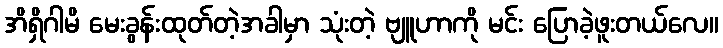
အိရှိဂါမိ မေးခွန်းထုတ်တဲ့အခါမှာ သုံးတဲ့ ဗျူဟာကို မင်း ပြောခဲ့ဖူးတယ်လေ။